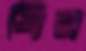
বির